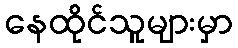
နေထိုင်သူများမှာ